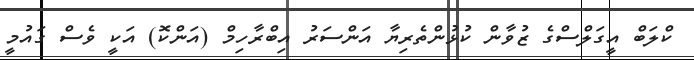
ކްލަބް އީގަލްސްގެ ޒުވާން ކުޅުންތެރިޔާ އަންސަރު އިބްރާހިމް (އަންކޮ) އަކީ ވެސް ގައުމީ